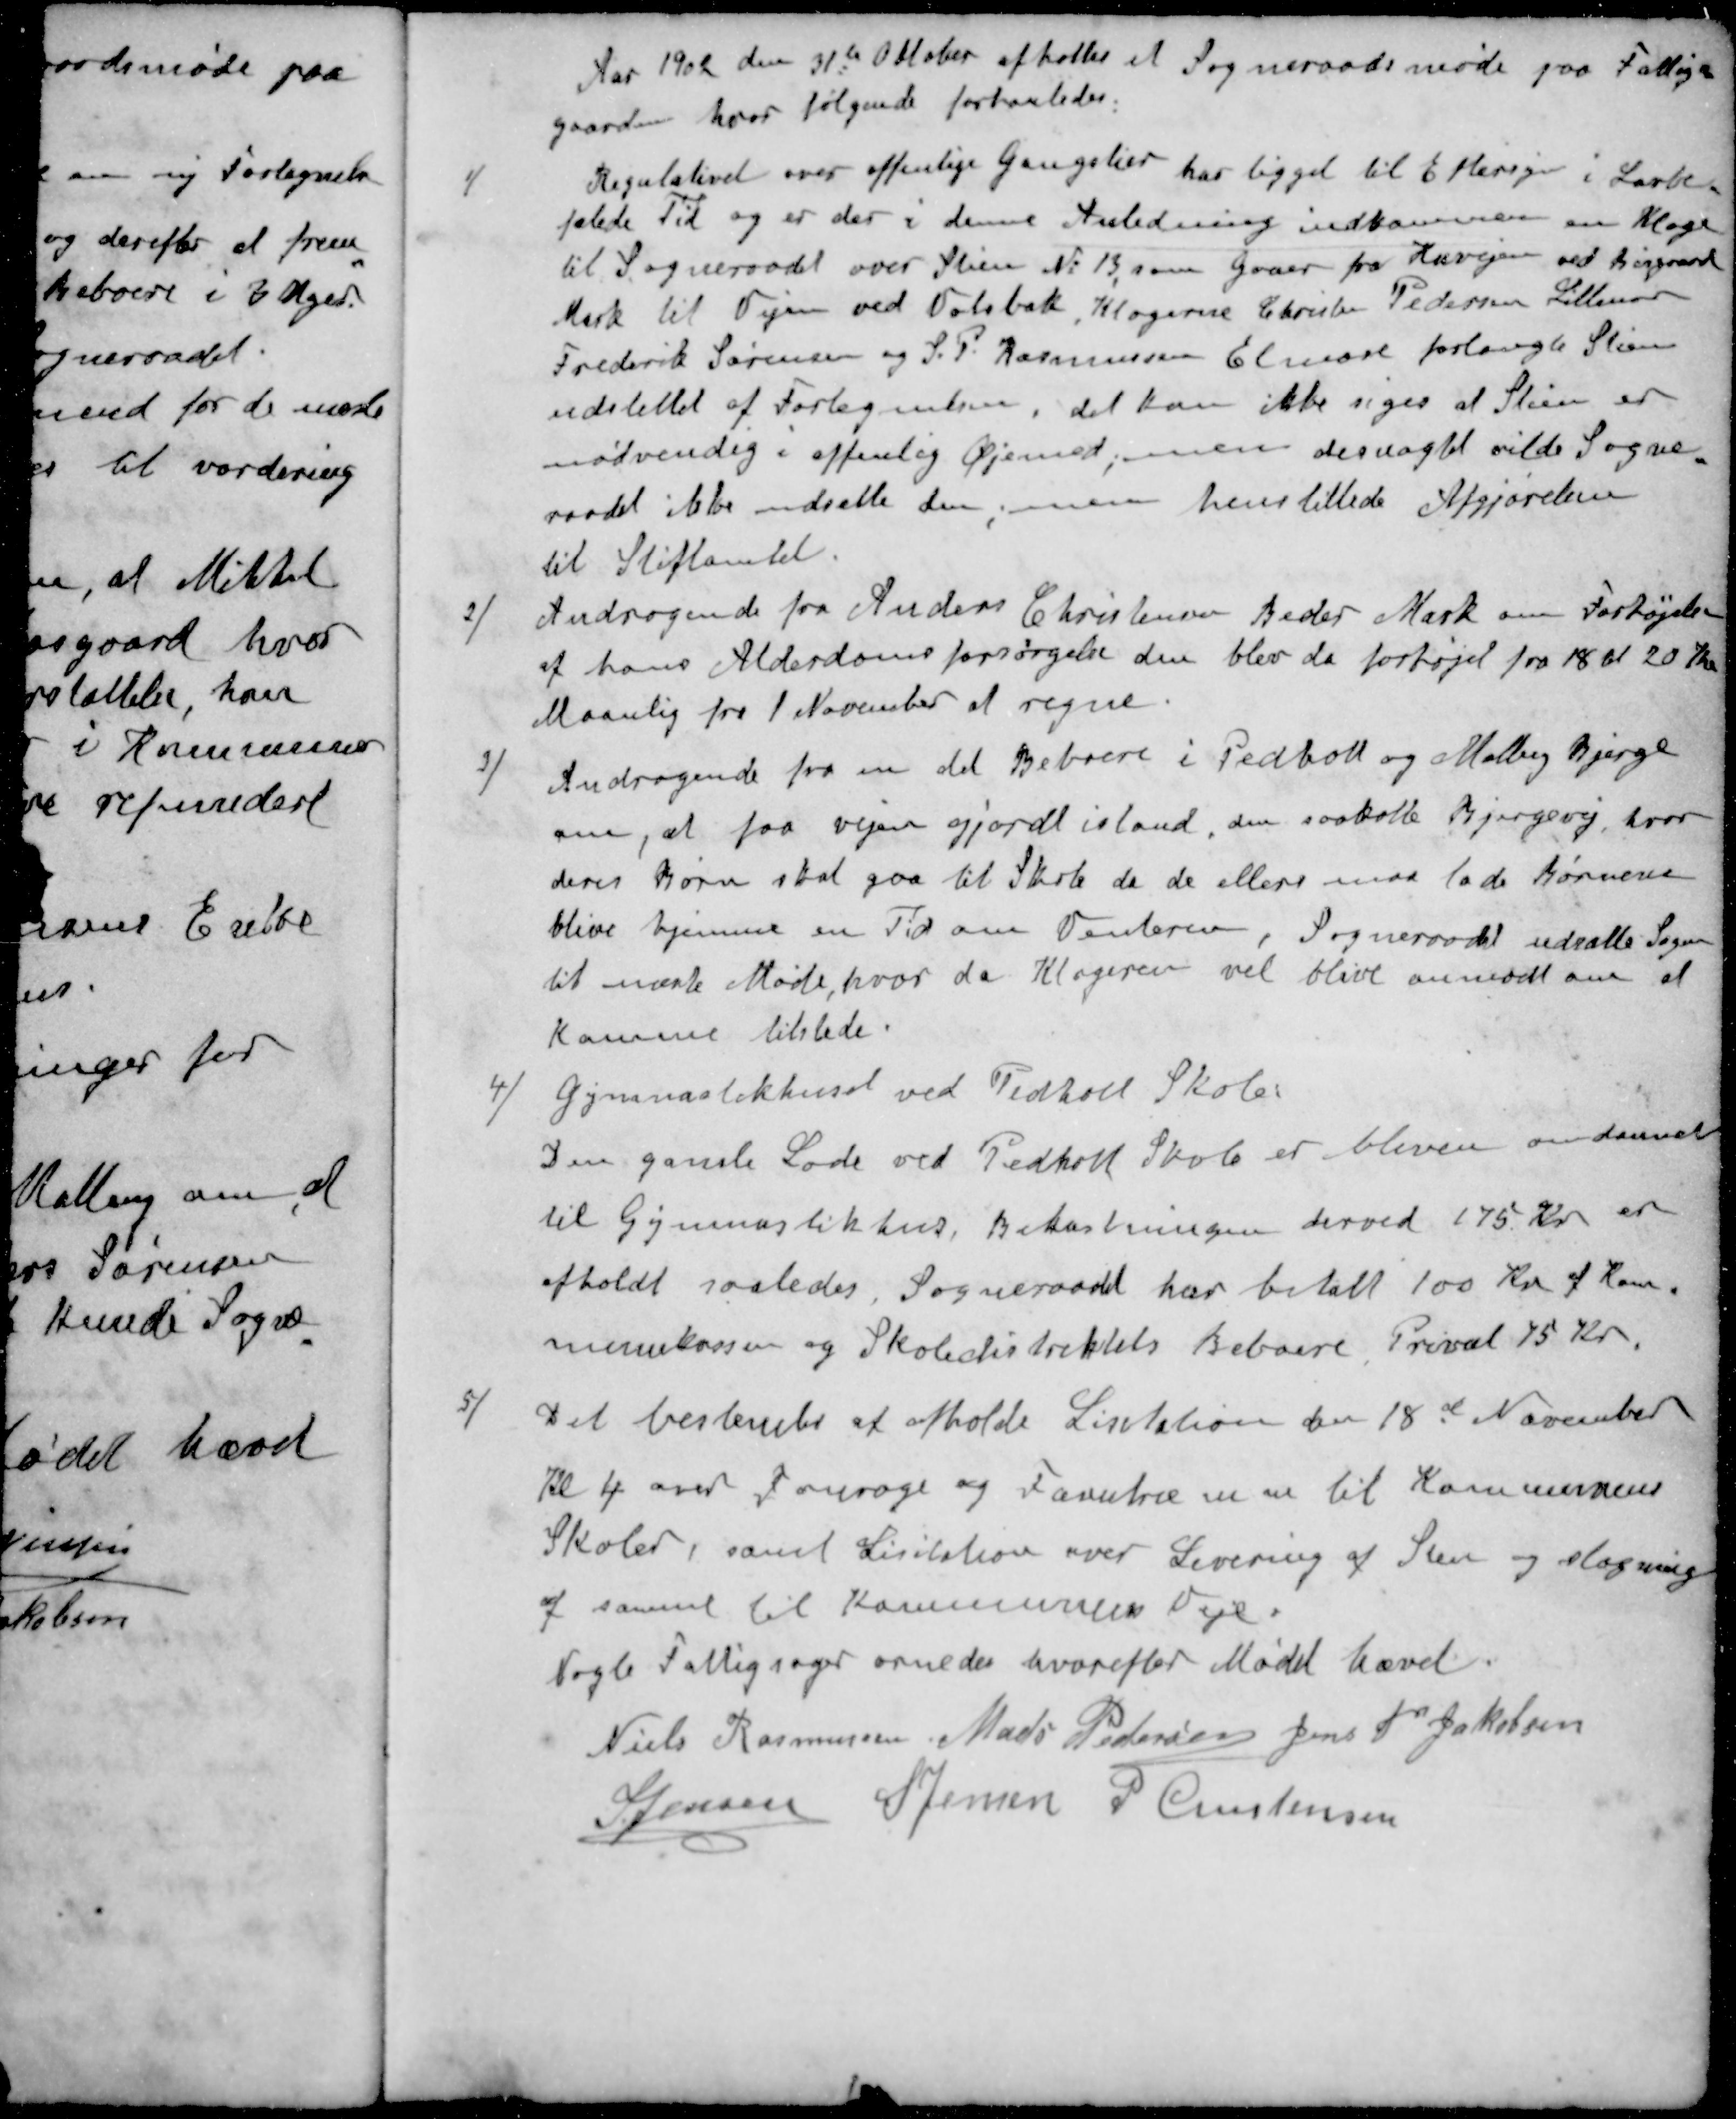
Transskription:
Aar 1902 den 31te Oktober afholtes et Sogneraadsmøde paa Fattig-
gaarden hvor følgende forhanledes:
1 / Regulativet over offenlige Gangstier har ligget til Eftersyn i Lovbe-
falede Tid og er der i denne Anledning indkommen en Klage
til Sogneraadet over Stien No 13, som gaaer fra Huvejen ved Nørgaard
Mark til Vejen ved Volsbæk, Klagerne Christen Pedersen Lillenor
Frederik Sørensen og S. P. Rasmussen Elmose forlangte Stien
udslettet af Fortegnelsen, det kan ikke siges at Stien er
nødvendig i offenlig Øjemed, men desuagtet vilde Sogne-
raadet ikke udsætte den men henstillede Afgjørelsen
til Stiftamtet.
2 /Andragende fra Anders Christensen Peder Mark om Forhøjelse
af hans Alderdomsforsørgelse den blev da forhøjet fra 18 d 20 Kr.
Maanlig fra 1 November at regne
3 /Andragende fra en det Beboere i Pedholt og Malberg Bjerge
om, at faa vejen gjordt istand den saakalte Bjergevej, hvor
deres Børn skal gaa til Skole da de ellers maa lade Børnene
blive hjemme en Tid om Vinteren. Sogneraadet udsatte Sagen
til næste Møde, hvor da Klageren vil blive anmodt om at
komme tilstede.
4 /Gymnastikhuset ved Pedholt Skole.
Den gamle Lade ved Pedholt Skole er bleven omdannet 
til Gymnastikhus, Bekostningen derved 175 Kr er
afholdt saaledes. Sogneraadet har betalt 100 Kr + kom-
munekassen og Skoledistriktets Beboere, Privat 75 Kr.
5 / Det bestemtes at afholde Lisitation den 18d November
Kl 4 over Fourage og Favntræ til Kommunens
Skoler, samt Lisitation over Levering af Sten og slagning
a sammel til Kommunens Veje.
Nogle Fattigsager ornedes hvorefter Mødet hævet.
Niels Rasmussen
Mads Pedersen
Jens P Jakobsen
S Jensen
S Jensen
P Christensen